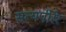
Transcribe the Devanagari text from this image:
सत्यपीरेर